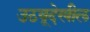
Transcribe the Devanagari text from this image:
उठवूदेखील